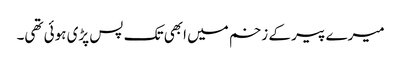
میرے پیر کے زخم میں ابھی تک پس پڑی ہوئی تھی۔